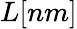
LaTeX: L[nm]